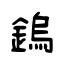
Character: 鎢